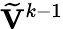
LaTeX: \widetilde{\mathbf{V}}^{k-1}